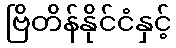
ဗြိတိန်နိုင်ငံနှင့်